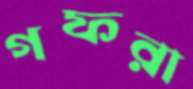
গফরা